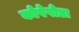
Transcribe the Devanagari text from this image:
कोपेपोडा